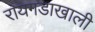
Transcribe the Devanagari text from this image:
रायगडाखाली